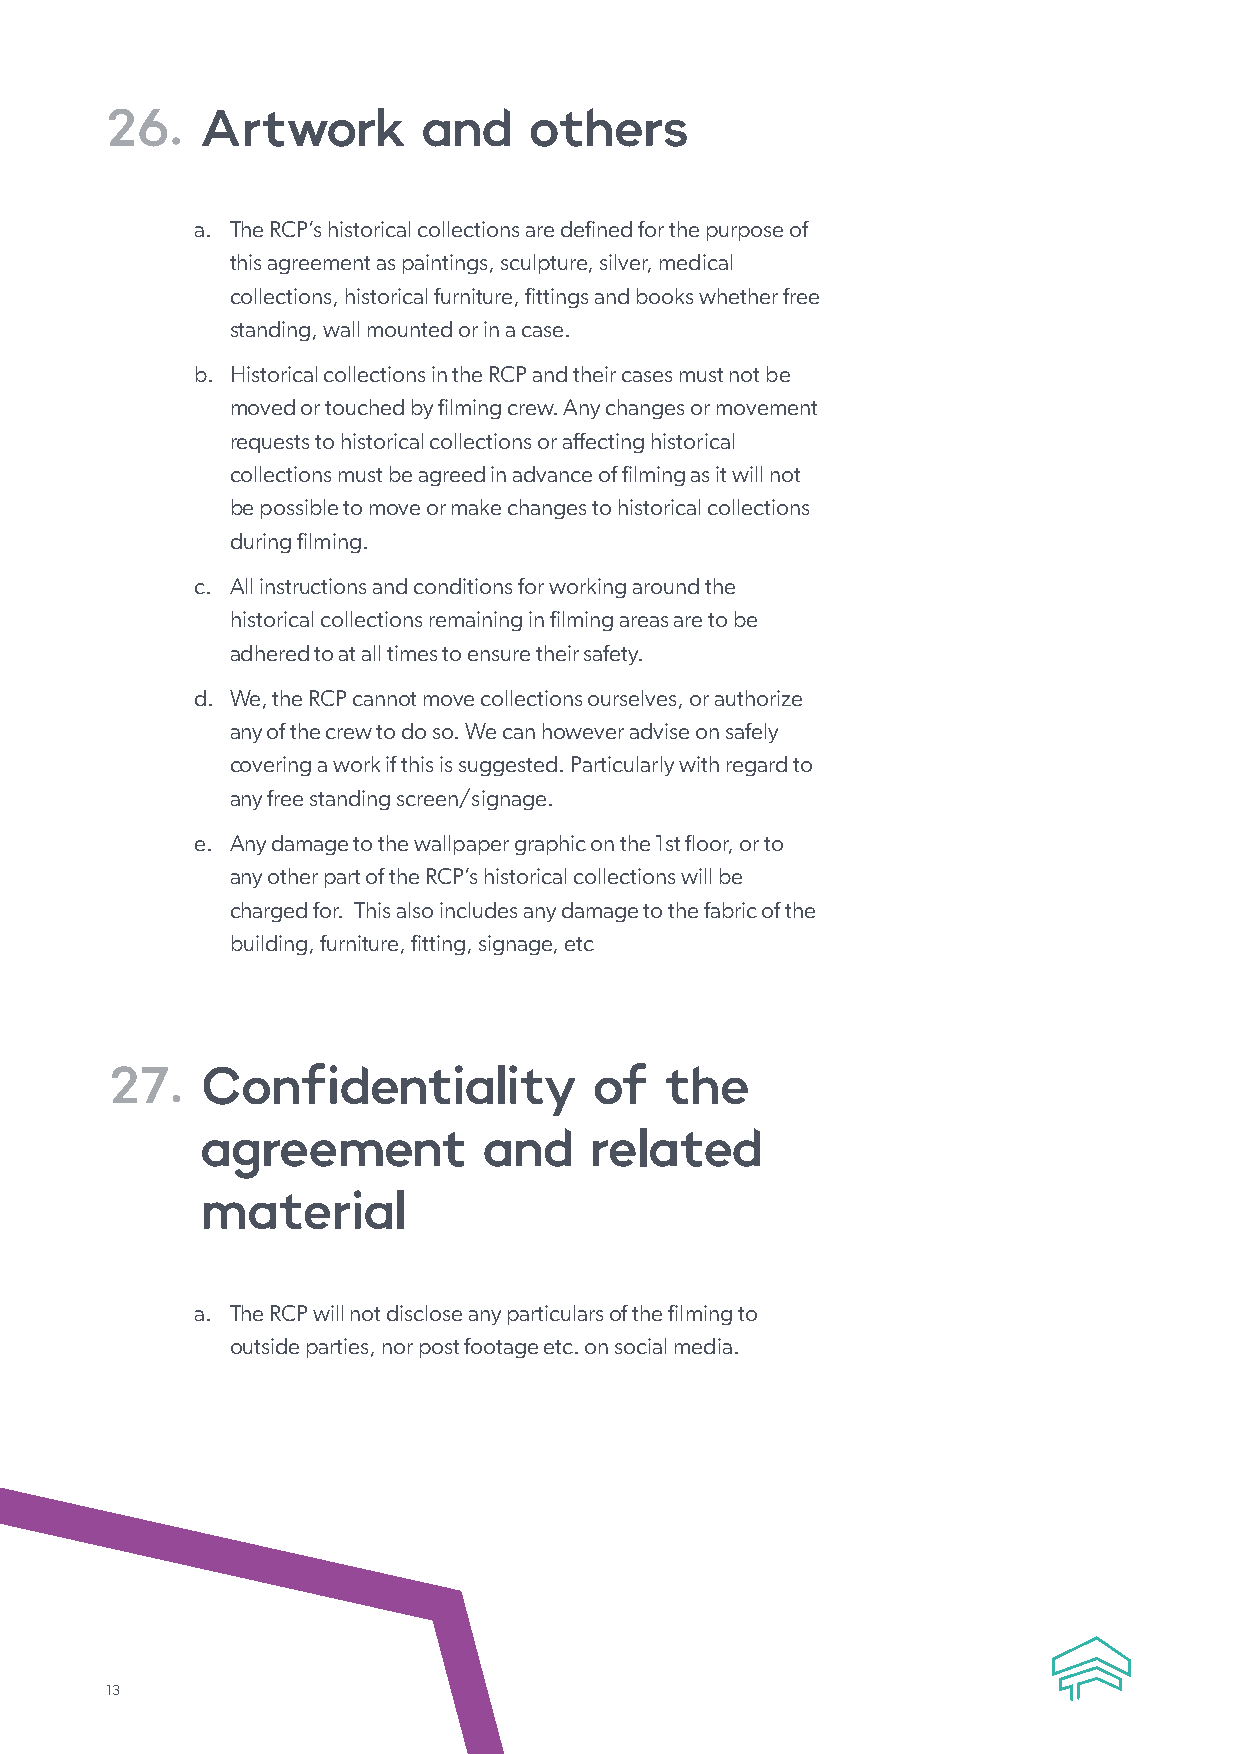
26.   Artwork        and    others
 a. The RCP’s historical collections are defined for the purpose of
 this agreement as paintings, sculpture, silver, medical
 collections, historical furniture, fittings and books whether free
 standing, wall mounted or in a case.
 b. Historical collections in the RCP and their cases must not be
 moved or touched by filming crew. Any changes or movement
 requests to historical collections or affecting historical
 collections must be agreed in advance of filming as it will not
 be possible to move or make changes to historical collections
 during filming.
 c. All instructions and conditions for working around the
 historical collections remaining in filming areas are to be
 adhered to at all times to ensure their safety.
 d. We, the RCP cannot move collections ourselves, or authorize
 any of the crew to do so. We can however advise on safely
 covering a work if this is suggested. Particularly with regard to
 any free standing screen/signage.
 e. Any damage to the wallpaper graphic on the 1st floor, or to
 any other part of the RCP’s historical collections will be
 charged for. This also includes any damage to the fabric of the
 building, furniture, fitting, signage, etc
 27.   Confidentiality           of   the
 agreement          and    related
 material
 a. The RCP will not disclose any particulars of the filming to
 outside parties, nor post footage etc. on social media.
 13